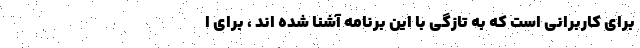
برای کاربرانی است که به تازگی با این برنامه آشنا شده اند ، برای ا